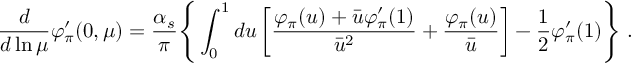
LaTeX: \frac { d } { d \ln \mu } \varphi _ { \pi } ^ { \prime } ( 0 , \mu ) = \frac { \alpha _ { s } } { \pi } \Bigg \{ \int _ { 0 } ^ { 1 } d u \left[ \frac { \varphi _ { \pi } ( u ) + \bar { u } \varphi _ { \pi } ^ { \prime } ( 1 ) } { \bar { u } ^ { 2 } } + \frac { \varphi _ { \pi } ( u ) } { \bar { u } } \right] - \frac { 1 } { 2 } \varphi _ { \pi } ^ { \prime } ( 1 ) \Bigg \} \; .